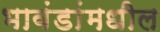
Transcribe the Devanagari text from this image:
भावंडांमधील